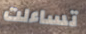
تساءلت